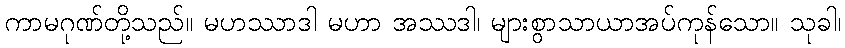
ကာမဂုဏ်တို့သည်။ မဟဿာဒါ မဟာ အဿဒါ၊ များစွာသာယာအပ်ကုန်သော။ သုခါ၊